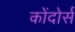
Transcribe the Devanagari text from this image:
कोंदोर्स